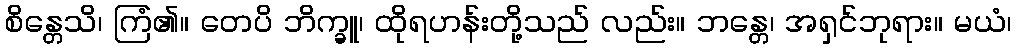
စိန္တေသိ၊ ကြံ၏။ တေပိ ဘိက္ခူ၊ ထိုရဟန်းတို့သည် လည်း။ ဘန္တေ၊ အရှင်ဘုရား။ မယံ၊